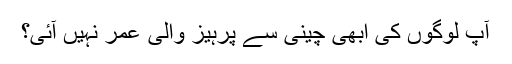
آپ لوگوں کی ابھی چینی سے پرہیز والی عمر نہیں آئی؟